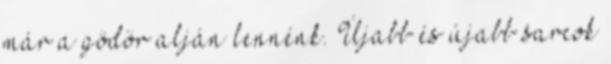
már a gödör alján lennénk. Újabb és újabb sarcok